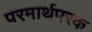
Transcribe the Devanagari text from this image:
परमार्थपरक